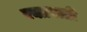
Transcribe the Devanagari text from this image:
रक्तपाती